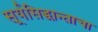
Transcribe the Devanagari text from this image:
सूर्यसिद्धान्ताचा